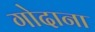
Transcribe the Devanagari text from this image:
गोदाना